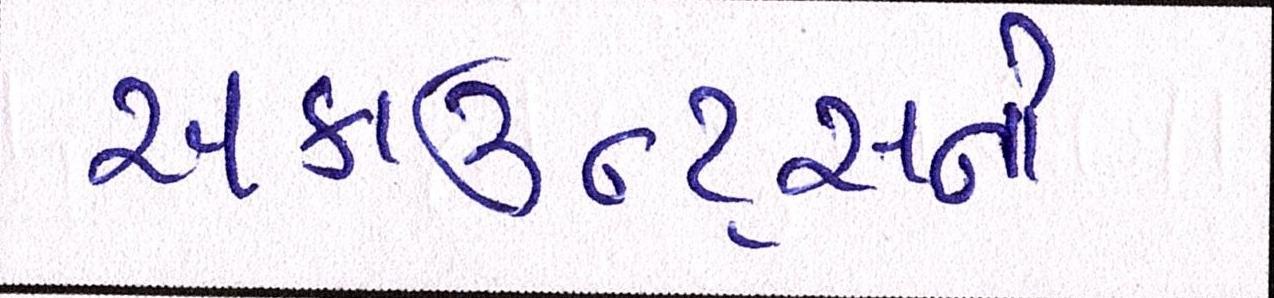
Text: અકાઉન્ટ્સની